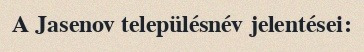
A Jasenov településnév jelentései: